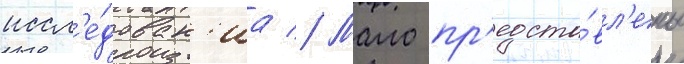
иссл'е́дован'иа // Мало пр'едста́вл'ены